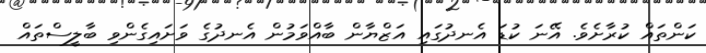
ކަންތައް ކުރާށެވެ. އޭނަ ކުޑަ އެނދުގައި އަޒްޔާން ބާއްވަމުން އެނދުގެ ވަށައިގެންވި ބާލީސްތައް